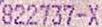
822737-X